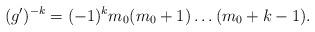
LaTeX: \begin{align*} (g')^{-k} = (-1)^k m_0(m_0+1) \ldots (m_0+k-1) . \end{align*}